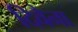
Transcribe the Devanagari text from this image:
दिवैना